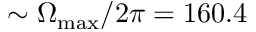
\sim \Omega _ { \mathrm { m a x } } / 2 \pi = 1 6 0 . 4